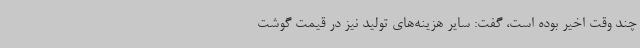
چند وقت اخیر بوده است، گفت: سایر هزینه‌های تولید نیز در قیمت گوشت